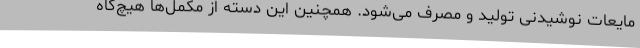
مایعات نوشیدنی تولید و مصرف می‌شود. همچنین این دسته از مکمل‌ها هیچ‌گاه